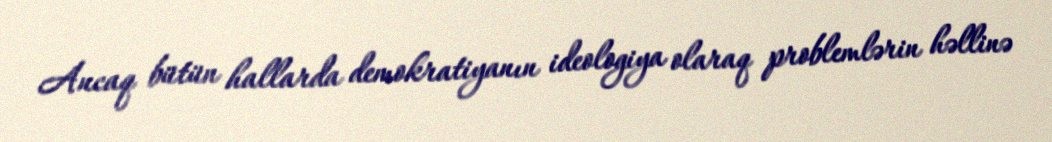
Ancaq bütün hallarda demokratiyanın ideologiya olaraq problemlərin həllinə